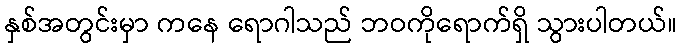
နှစ်အတွင်းမှာ ကနေ ရောဂါသည် ဘဝကိုရောက်ရှိ သွားပါတယ်။